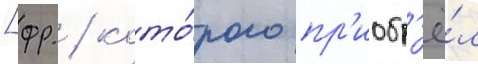
[фр. / кото́рого пр'иобр'ё́л